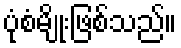
ပုံစံမျိုးဖြစ်သည်။